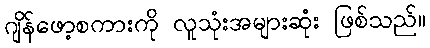
ဂျိန်ဖော့စကားကို လူသုံးအများဆုံး ဖြစ်သည်။